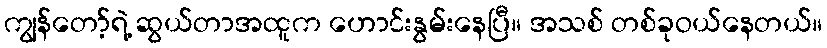
ကျွန်တော့်ရဲ့ ဆွယ်တာအထူက ဟောင်းနွမ်းနေပြီ။ အသစ် တစ်ခုဝယ်နေတယ်။